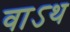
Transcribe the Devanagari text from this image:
वाऽथ